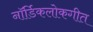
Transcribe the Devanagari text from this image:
नॉर्डिकलोकगीत